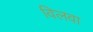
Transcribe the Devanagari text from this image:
विलवा